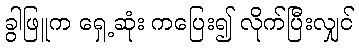
ခွါဖြူက ရှေ့ဆုံး ကပြေး၍ လိုက်ပြီးလျှင်